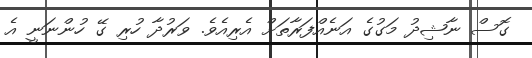
ގޮސް ނާޝިދު މަގުގެ އަނެއްފަރާތަށް އެރިއެވެ. ވަރުދާ ހުރި ގޭ ހުންނަނީ އެ